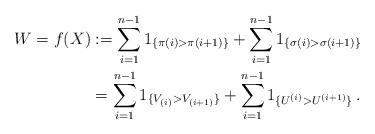
LaTeX: \begin{align*}W = f(X) &:= \sum_{i=1}^{n-1} 1_{\{\pi(i)> \pi(i+1)\}} + \sum_{i=1}^{n-1} 1_{\{\sigma(i)>\sigma(i+1)\}}\\&= \sum_{i=1}^{n-1} 1_{\{V_{(i)} > V_{(i+1)}\}} + \sum_{i=1}^{n-1}1_{\{U^{(i)} > U^{(i+1)}\}}\,.\end{align*}